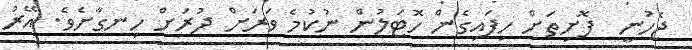
ޖެހުނީ  ފޮށިތަށް ހިފައިގެން ހޮޓަލުން ނުކުމެ ވަރަށް ދުރަށް ހިނގާށެވެ. އޭރު